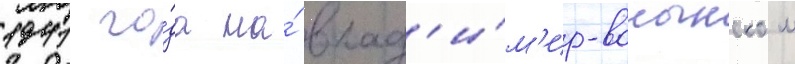
1941 го́да на́ влад'и́м'ир-волынском